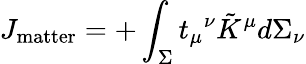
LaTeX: J_{\mathrm{matter}}=+\int_{\Sigma}t_{\mu}{}^{\nu}\tilde{K}^{\mu}d\Sigma_{\nu}